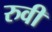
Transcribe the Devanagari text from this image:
रुवी